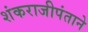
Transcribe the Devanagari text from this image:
शंकराजीपंताने